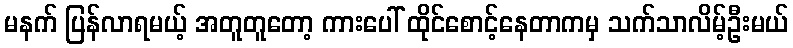
မနက် ပြန်လာရမယ့် အတူတူတော့ ကားပေါ် ထိုင်စောင့်နေတာကမှ သက်သာလိမ့်ဦးမယ်